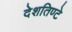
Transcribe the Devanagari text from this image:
देशतिण्टे